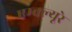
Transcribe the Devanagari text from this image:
एम्क्ल्यूरे